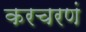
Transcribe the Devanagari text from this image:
करचरणं